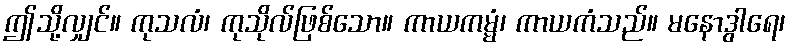
ဤသို့လျှင်။ ကုသလံ၊ ကုသိုလ်ဖြစ်သော။ ကာယကမ္မံ၊ ကာယကံသည်။ မနောဒွါရေ၊